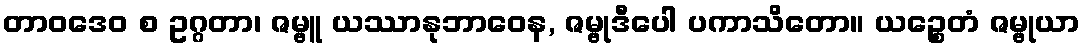
တာဝဒေဝ စ ဥဂ္ဂတာ၊ ဇမ္ဗူ ယဿာနုဘာဝေန, ဇမ္ဗုဒီပေါ ပကာသိတော။ ယဉ္စေတံ ဇမ္ဗုယာ